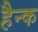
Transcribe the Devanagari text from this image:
हैन्क